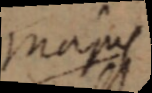
majus